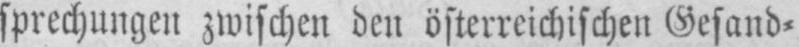
sprechungen zwischen den österreichischen Gesand⸗